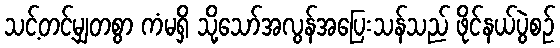
သင့်တင့်မျှတစွာ ကံမရှိ သို့သော်အလွန်အပြေးသန်သည် ဖိုင်နယ်ပွဲစဉ်